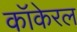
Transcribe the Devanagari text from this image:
कॉकेरल